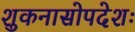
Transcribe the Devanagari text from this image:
शुकनासोपदेशः